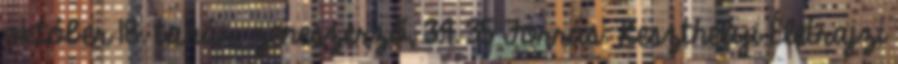
október 18. tanár, zeneszerző, 34 35 Forrás: Keszthelyi Életrajzi